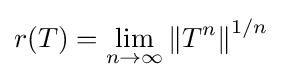
r(T)=\lim _{n\to \infty }\left\|T^{n}\right\|^{1/n}